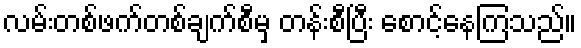
လမ်းတစ်ဖက်တစ်ချက်စီမှ တန်းစီပြီး စောင့်နေကြသည်။